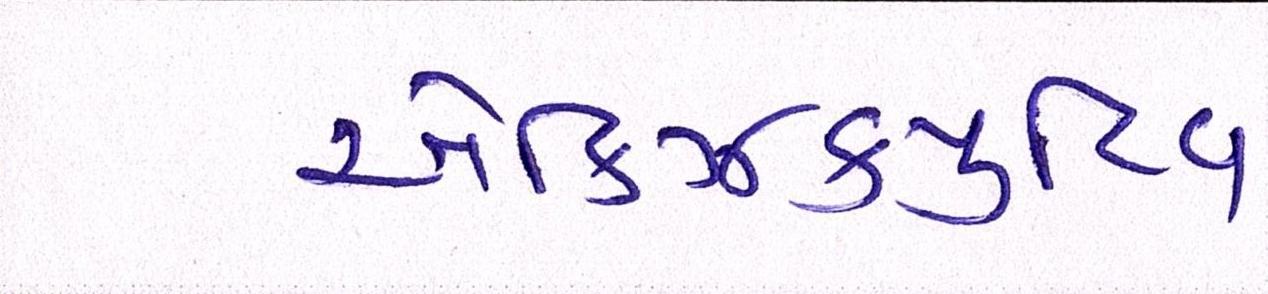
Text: એક્ઝિક્યુટિવ